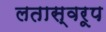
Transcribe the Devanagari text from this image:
लतास्वरूप